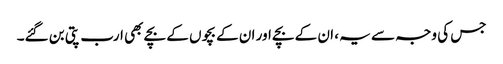
جس کی وجہ سے یہ ، ان کے بچے اور ان کے بچوں کے بچے بھی ارب پتی بن گئے۔